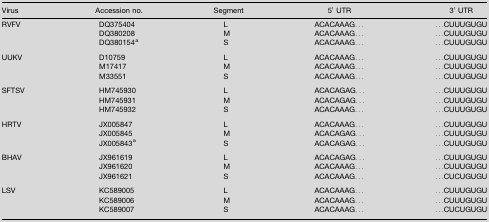
<table><thead><tr><td><b>Virus</b></td><td><b>Accession no.</b></td><td><b>Segment</b></td><td><b>5′ UTR</b></td><td><b>3′ UTR</b></td></tr></thead><tbody><tr><td>RVFV</td><td>DQ375404</td><td>L</td><td>ACACAAAG...</td><td>...CUUUGUGU</td></tr><tr><td></td><td>DQ380208</td><td>M</td><td>ACACAAAG...</td><td>...CUUUGUGU</td></tr><tr><td></td><td>DQ380154a</td><td>S</td><td>ACACAAAG...</td><td>...CUUUGUGU</td></tr><tr><td colspan="5">  </td></tr><tr><td>UUKV</td><td>D10759</td><td>L</td><td>ACACAAAG...</td><td>...CUUUGUGU</td></tr><tr><td></td><td>M17417</td><td>M</td><td>ACACAAAG...</td><td>...CUUUGUGU</td></tr><tr><td></td><td>M33551</td><td>S</td><td>ACACAAAG...</td><td>...CUUUGUGU</td></tr><tr><td colspan="5">  </td></tr><tr><td>SFTSV</td><td>HM745930</td><td>L</td><td>ACACAGAG...</td><td>...CUUUGUGU</td></tr><tr><td></td><td>HM745931</td><td>M</td><td>ACACAGAG...</td><td>...CUUUGUGU</td></tr><tr><td></td><td>HM745932</td><td>S</td><td>ACACAAAG...</td><td>...CUUUGUGU</td></tr><tr><td colspan="5">  </td></tr><tr><td>HRTV</td><td>JX005847</td><td>L</td><td>ACACAAAG...</td><td>...CUUUGUGU</td></tr><tr><td></td><td>JX005845</td><td>M</td><td>ACACAGAG...</td><td>...CUUUGUGU</td></tr><tr><td></td><td>JX005843a</td><td>S</td><td>ACACAGAG...</td><td>...CUUUGUGU</td></tr><tr><td colspan="5">  </td></tr><tr><td>BHAV</td><td>JX961619</td><td>L</td><td>ACACAGAG...</td><td>...CUUUGUGU</td></tr><tr><td></td><td>JX961620</td><td>M</td><td>ACACAAAG...</td><td>...CUUUGUGU</td></tr><tr><td></td><td>JX961621</td><td>S</td><td>ACACAAAG...</td><td>...CUCUGUGU</td></tr><tr><td colspan="5">  </td></tr><tr><td>LSV</td><td>KC589005</td><td>L</td><td>ACACAAAG...</td><td>...CUUUGUGU</td></tr><tr><td></td><td>KC589006</td><td>M</td><td>ACACAAAG...</td><td>...CUUUGUGU</td></tr><tr><td></td><td>KC589007</td><td>S</td><td>ACACAAAG...</td><td>...CUCUGUGU</td></tr></tbody></table>